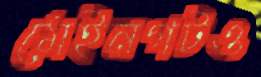
মেইনগটও